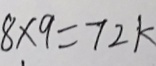
8 \times 9 = 7 2 k